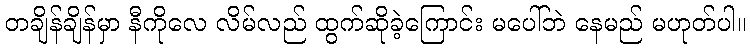
တချိန်ချိန်မှာ နီကိုလေ လိမ်လည် ထွက်ဆိုခဲ့ကြောင်း မပေါ်ဘဲ နေမည် မဟုတ်ပါ။